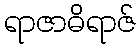
ရာဇာဓိရာဇ်